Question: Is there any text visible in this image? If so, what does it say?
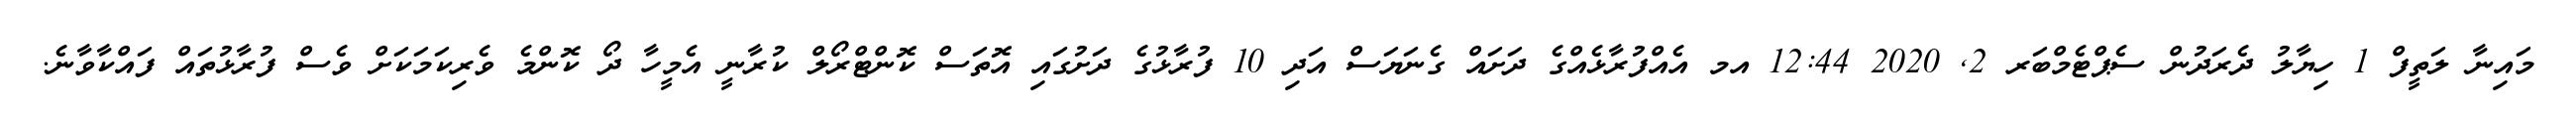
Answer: މައިނާ ލަތީފް 1 ހިޔާލު ދެރަދުން ސެޕްޓެމްބަރ 2, 2020 12:44 އމ އެއްފުރާޅެއްގެ ދަށައް ގެނަޔަސް އަދި 10 ފުރާޅުގެ ދަށުގައި އޮތަސް ކޮންޓްރޯލް ކުރާނީ އެމީހާ ދޯ ކޮންމެ ވެރިކަމަކަށް ވެސް ފުރާޅުތައް ފައްކާވާނެ.